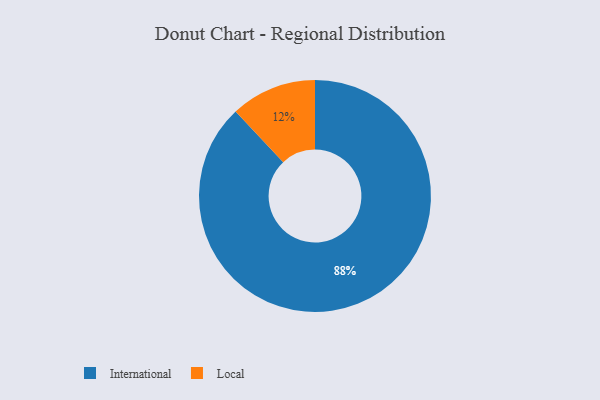
{"axis": {"x": "Category", "y": "Percentage"}, "legend": ["International", "Local"], "data": [{"x": "International", "y": 88, "type": "International"}, {"x": "Local", "y": 12, "type": "Local"}]}